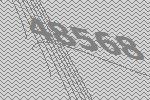
48568